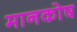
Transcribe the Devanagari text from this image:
मानकोष